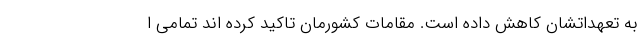
به تعهداتشان کاهش داده است. مقامات کشورمان تاکید کرده اند تمامی ا